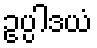
ဥပ္ပါဒယံ